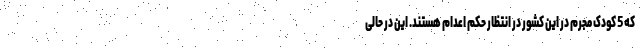
که 5 کودک مجرم در این کشور در انتظار حکم اعدام هستند. این در حالی